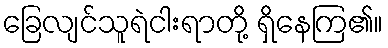
ခြေလျင်သူရဲငါးရာတို့ ရှိနေကြ၏။